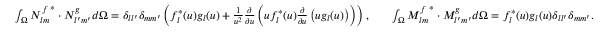
\begin{array} { r l r } { \int _ { \Omega } { N _ { l m } ^ { f } } ^ { * } \cdot N _ { l ^ { \prime } m ^ { \prime } } ^ { g } d \Omega = \delta _ { l l ^ { \prime } } \delta _ { m m ^ { \prime } } \left( f _ { l } ^ { * } ( u ) g _ { l } ( u ) + \frac { 1 } { u ^ { 2 } } \frac { \partial } { \partial u } \left( u f _ { l } ^ { * } ( u ) \frac { \partial } { \partial u } \left( u g _ { l } ( u ) \right) \right) \right) , } & { } & { \int _ { \Omega } { M _ { l m } ^ { f } } ^ { * } \cdot M _ { l ^ { \prime } m ^ { \prime } } ^ { g } d \Omega = f _ { l } ^ { * } ( u ) g _ { l } ( u ) \delta _ { l l ^ { \prime } } \delta _ { m m ^ { \prime } } . } \end{array}